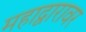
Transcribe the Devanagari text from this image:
महाद्वारावर